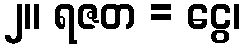
၂။ ရဇတ = ငွေ၊